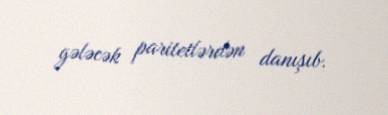
gələcək paritetlərdən danışıb.